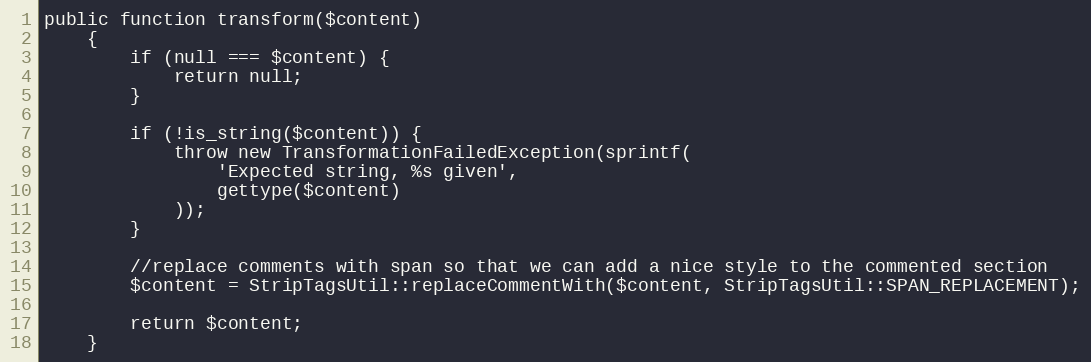
Language: PHP
public function transform($content)
    {
        if (null === $content) {
            return null;
        }

        if (!is_string($content)) {
            throw new TransformationFailedException(sprintf(
                'Expected string, %s given',
                gettype($content)
            ));
        }

        //replace comments with span so that we can add a nice style to the commented section
        $content = StripTagsUtil::replaceCommentWith($content, StripTagsUtil::SPAN_REPLACEMENT);

        return $content;
    }